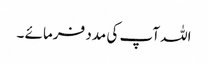
اللہ آپ کی مدد فرمائے ۔